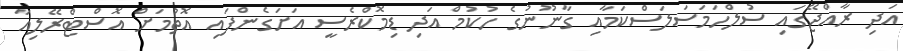
އަދި ރާއްޖޭގައި ސުލްހަމަސަލަސްކަމާއި ގާނޫނުގެ ހުކުމް އަދި ޑިމޮކްރެސީ އަށަގެންފައި އޮތުމަށް އޮސްޓްރޭލިއާ